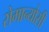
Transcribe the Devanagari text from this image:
रोमान्योसी